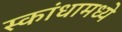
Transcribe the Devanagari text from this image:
स्कांधामध्ये